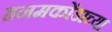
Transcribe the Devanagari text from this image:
हनमकोंडाच्या